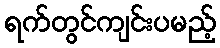
ရက်တွင်ကျင်းပမည့်